Civil Veterinary Dept. Bombay admin report 1914-1922 - 1914-1922
Year: 1914
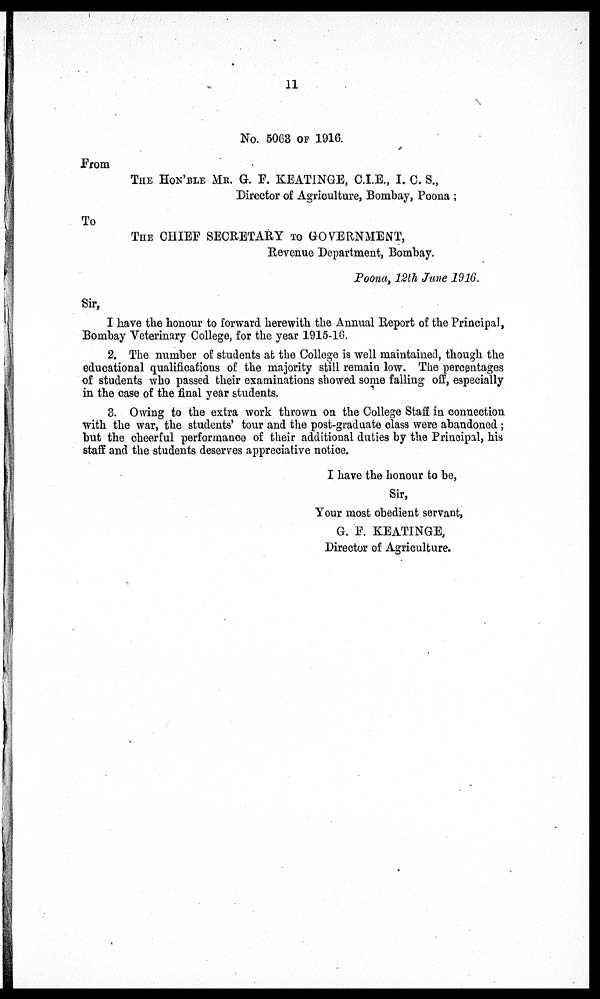
11
No. 5063 OF 1916.
From
THE HON'BLE MR. G. F. KEATINGE, C.I.E., I. C. S.,
Director of Agriculture, Bombay, Poona ;
To
THE CHIEF SECRETARY TO GOVERNMENT,
Revenue Department, Bombay.
Poona, 12th June 1916.
Sir,
I have the honour to forward herewith the Annual Report of the Principal,
Bombay Veterinary College, for the year 1915-16.
2. The number of students at the College is well maintained, though the
educational qualifications of the majority still remain low. The percentages
of students who passed their examinations showed some falling off, especially
in the case of the final year students.
3. Owing to the extra work thrown on the College Staff in connection
with the war, the students' tour and the post-graduate class were abandoned;
but the cheerful performance of their additional duties by the Principal, his
staff and the students deserves appreciative notice.
I have the honour to be,
Sir,
Your most obedient servant,
G. F. KEATINGE,
Director of Agriculture.